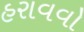
હરાવવો